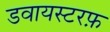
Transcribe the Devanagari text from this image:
डवायस्टरफ़